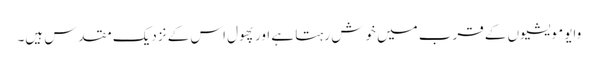
وایو مویشیوں کے قرب میں خوش رہتا ہے اور پھول اس کے نزدیک مقدس ہیں۔